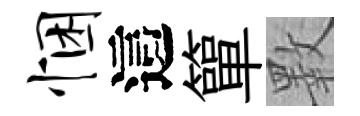
悃這簞斁